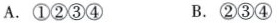
A.①②③④ B.②③④